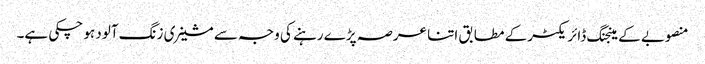
منصوبے کے مینجنگ ڈائریکٹرکے مطابق اتنا عرصہ پڑے رہنے کی وجہ سے مشینری زنگ آلود ہو چکی ہے۔